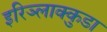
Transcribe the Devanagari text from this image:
इरिञ्लाक्कुडा